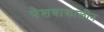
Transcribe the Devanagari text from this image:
पेशवाकालीन